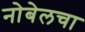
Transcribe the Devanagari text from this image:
नोबेलचा